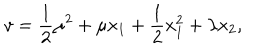
v = \frac { 1 } { 2 } \mu ^ { 2 } + \mu x _ { 1 } + \frac { 1 } { 2 } x _ { 1 } ^ { 2 } + \lambda x _ { 2 } ,